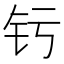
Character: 𬬨